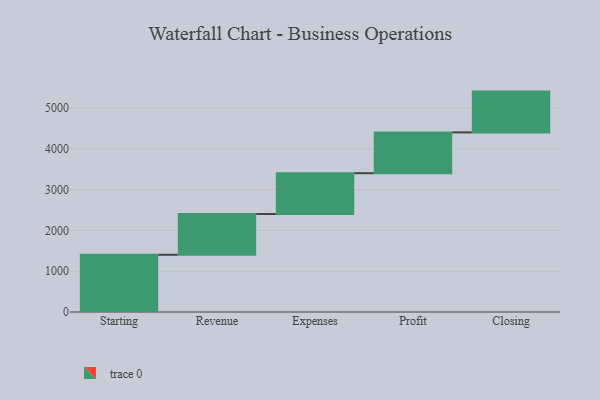
{"axis": {"x": "Step", "y": "Value"}, "legend": [""], "data": [{"x": "Starting", "y": 1402.0, "type": ""}, {"x": "Revenue", "y": 1000, "type": ""}, {"x": "Expenses", "y": 1000, "type": ""}, {"x": "Profit", "y": 1000, "type": ""}, {"x": "Closing", "y": 1000, "type": ""}]}